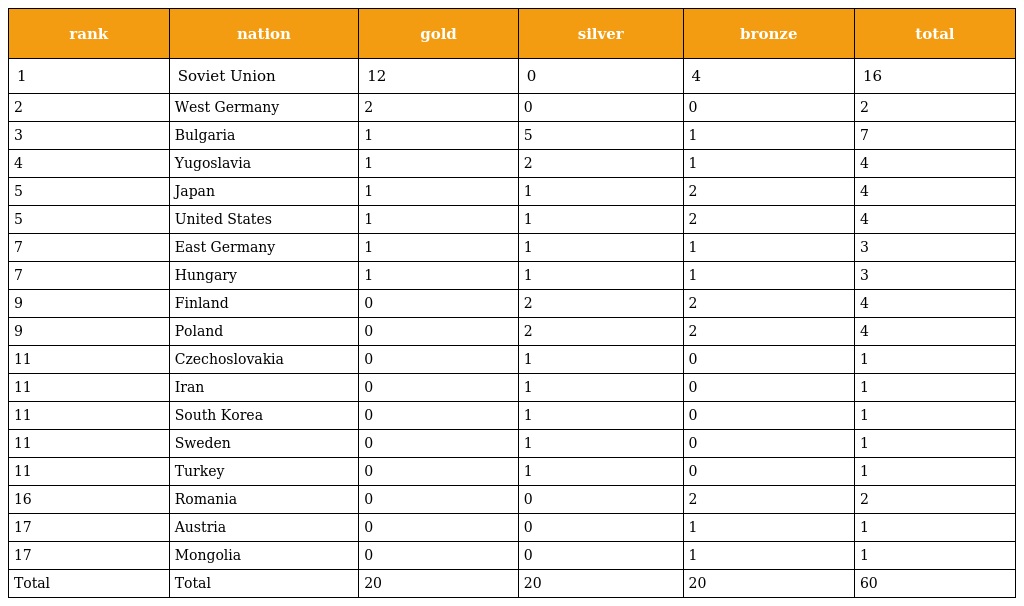
| rank | nation | gold | silver | bronze | total |
 | --- | --- | --- | --- | --- | --- |
 | 1 | Soviet Union | 12 | 0 | 4 | 16 |
 | 2 | West Germany | 2 | 0 | 0 | 2 |
 | 3 | Bulgaria | 1 | 5 | 1 | 7 |
 | 4 | Yugoslavia | 1 | 2 | 1 | 4 |
 | 5 | Japan | 1 | 1 | 2 | 4 |
 | 5 | United States | 1 | 1 | 2 | 4 |
 | 7 | East Germany | 1 | 1 | 1 | 3 |
 | 7 | Hungary | 1 | 1 | 1 | 3 |
 | 9 | Finland | 0 | 2 | 2 | 4 |
 | 9 | Poland | 0 | 2 | 2 | 4 |
 | 11 | Czechoslovakia | 0 | 1 | 0 | 1 |
 | 11 | Iran | 0 | 1 | 0 | 1 |
 | 11 | South Korea | 0 | 1 | 0 | 1 |
 | 11 | Sweden | 0 | 1 | 0 | 1 |
 | 11 | Turkey | 0 | 1 | 0 | 1 |
 | 16 | Romania | 0 | 0 | 2 | 2 |
 | 17 | Austria | 0 | 0 | 1 | 1 |
 | 17 | Mongolia | 0 | 0 | 1 | 1 |
 | Total | Total | 20 | 20 | 20 | 60 |